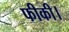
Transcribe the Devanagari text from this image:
फीकी।